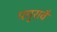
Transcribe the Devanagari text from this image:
पगुरावै